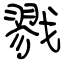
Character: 戮